Senior Leaving Certificate Examination (including Day School Certificate (Higher) General paper), 1950
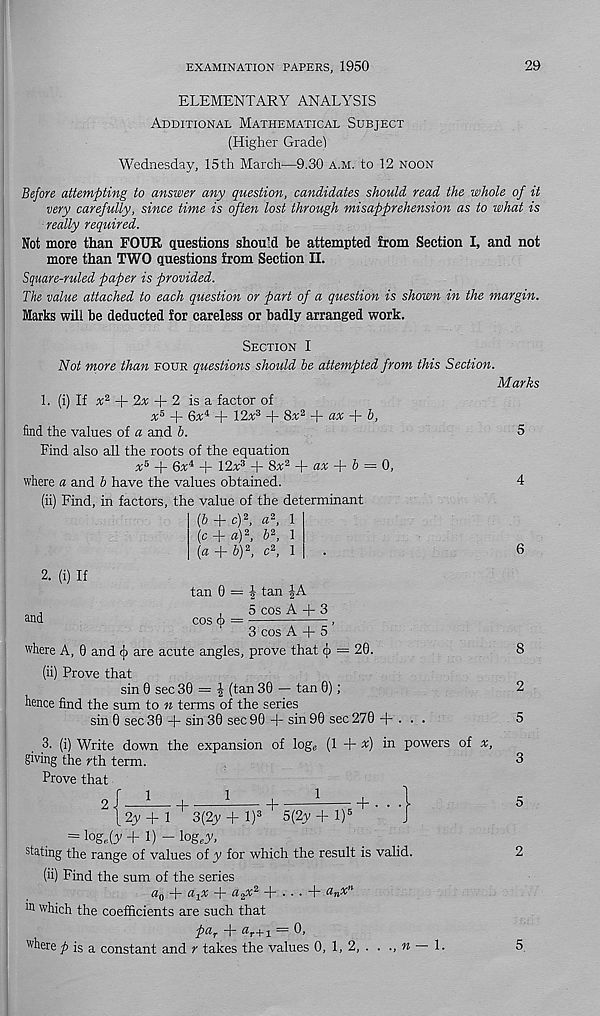
EXAMINATION PAPERS, 1950
29
ELEMENTARY ANALYSIS
Additional Mathematical Subject
(Higher Grade)
Wednesday, 15th March—9.30 a.m. to 12 noon
Before attempting to answer any question, candidates should read the whole of it
very carefully, since time is often lost through misapprehension as to what is
really required.
Not more than FOUR questions should be attempted from Section I, and not
more than TWO questions from Section II,
Square-ruled paper is provided.
The value attached to each question or part of a question is shown in the margin.
Marks will be deducted for careless or badly arranged work.
Section I
Not more than four questions should be attempted from this Section.
1. (i) If x 2 + 2a + 2 is a factor of
x 5 + 6a 4 + 12a 3 + 8a 2 + «a + 5,
find the values of a and b.
Find also all the roots of the equation
a 5 + 6a 4 + 12a 3 + 8a 2 + aa + 6 = 0,
where a and b have the values obtained.
(ii) Find, in factors, the value of the determinant
(b + c) 2 , a 2 , 1
(c + «) 2 . b 2 , 1
Marks
2. (i) If
and
where A, 0 and 4> are
tan 0 = | tan |A
,
5 cos A + 3
cos 6 =
,
3 cos A + 5
acute angles, prove that cj) = 20.
(ii) Prove that
sin 0 sec 30 = £ (tan 30 — tan 0);
hence find the sum to n terms of the series
sin 0 sec 30 + sin 30 sec 90 + sin 90 sec 270 + . . .
3. (i) Write down the expansion of log e (1 + %) in powers of a,
giving the rth term.
Prove that
2 J —I
1
^
+ • • •
j 2y + 1 3(2y+l) 3 5(2y + l) 5
= iog.Cv + 1) - logeA.
stating the range of values of y for which the result is valid.
(ii) Find the sum of the series
a 0 -f a x x + a 2 A 2 + . . . + a n x n
in which the coefficients are such that
pa r T" ^r+ 1
where is a constant and r takes the values 0, 1, 2, . . ., n
1.
8
2
5
3
5
2
5,